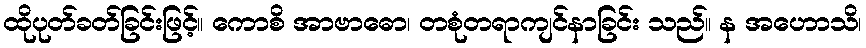
ထိုပုတ်ခတ်ခြင်းဖြင့်။ ကောစိ အာဗာဓော၊ တစုံတရာကျင်နာခြင်း သည်။ န အဟောသိ၊